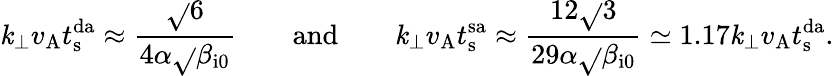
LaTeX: \mathit{k}_{\perp}v_{\mathrm{{A}}}t_{\mathrm{{s}}}^{\mathrm{{da}}}\approx\frac{{\sqrt{}{{6}}}}{{4\alpha\sqrt{}{{\beta_{\mathrm{{i0}}}}}}}\qquad\mathrm{{and}}\qquad\mathit{k}_{\perp}v_{\mathrm{{A}}}t_{\mathrm{{s}}}^{\mathrm{{sa}}}\approx\frac{{12\sqrt{}{{3}}}}{{29\alpha\sqrt{}{{\beta_{\mathrm{{i0}}}}}}}\simeq1.17\mathit{k}_{\perp}v_{\mathrm{{A}}}t_{\mathrm{{s}}}^{\mathrm{{da}}}.